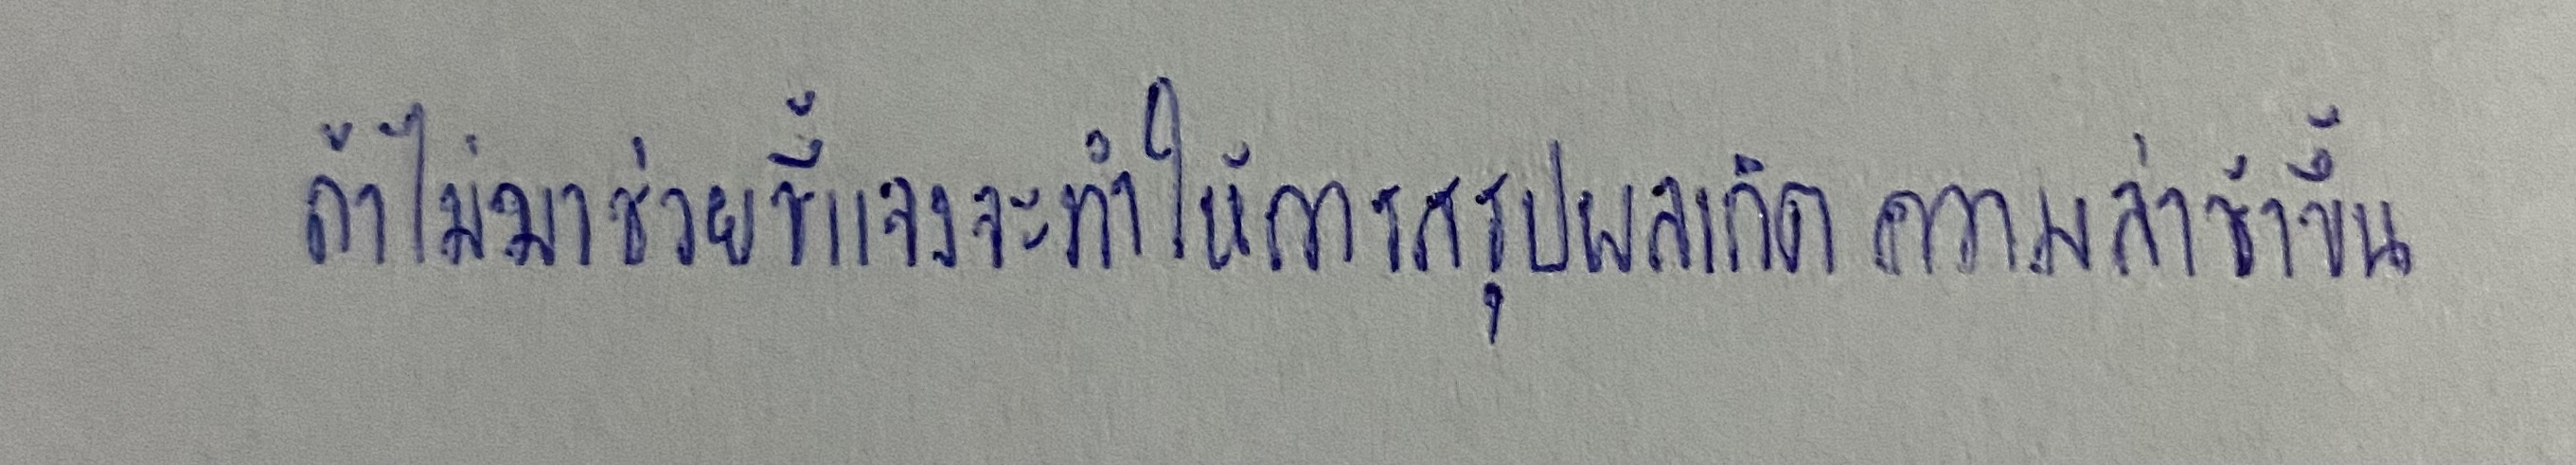
ถ้าไม่มาช่วยชี้แจงจะทำให้การสรุปผลเกิดความล่าช้าขึ้น